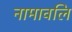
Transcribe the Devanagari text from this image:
नामावलि